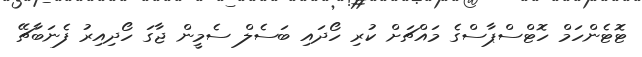
ޓޮޓެންހަމް ހޮޓްސްޕާސްގެ މައްޗަށް ކުރި ހޯދައި ބަސެލް ސެމީން ޖާގަ ހޯދިއިރު ފެނަބާޗޭ